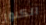
الكنوز